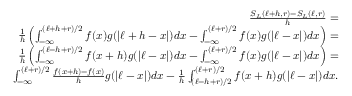
\begin{array} { r l r } & { ~ } & { \frac { S _ { L } ( \ell + h , r ) - S _ { L } ( \ell , r ) } { h } = } \\ & { ~ } & { \frac { 1 } { h } \left( \int _ { - \infty } ^ { ( \ell + h + r ) / 2 } f ( x ) g ( | \ell + h - x | ) d x - \int _ { - \infty } ^ { ( \ell + r ) / 2 } f ( x ) g ( | \ell - x | ) d x \right) = } \\ & { ~ } & { \frac { 1 } { h } \left( \int _ { - \infty } ^ { ( \ell - h + r ) / 2 } f ( x + h ) g ( | \ell - x | ) d x - \int _ { - \infty } ^ { ( \ell + r ) / 2 } f ( x ) g ( | \ell - x | ) d x \right) = } \\ & { ~ } & { \int _ { - \infty } ^ { ( \ell + r ) / 2 } \frac { f ( x + h ) - f ( x ) } { h } g ( | \ell - x | ) d x - \frac { 1 } { h } \int _ { ( \ell - h + r ) / 2 } ^ { ( \ell + r ) / 2 } f ( x + h ) g ( | \ell - x | ) d x . } \end{array}